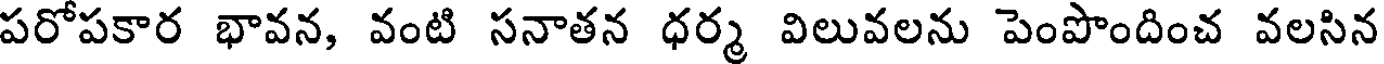
పరోపకార భావన, వంటి సనాతన ధర్మ విలువలను పెంపొందించ వలసిన